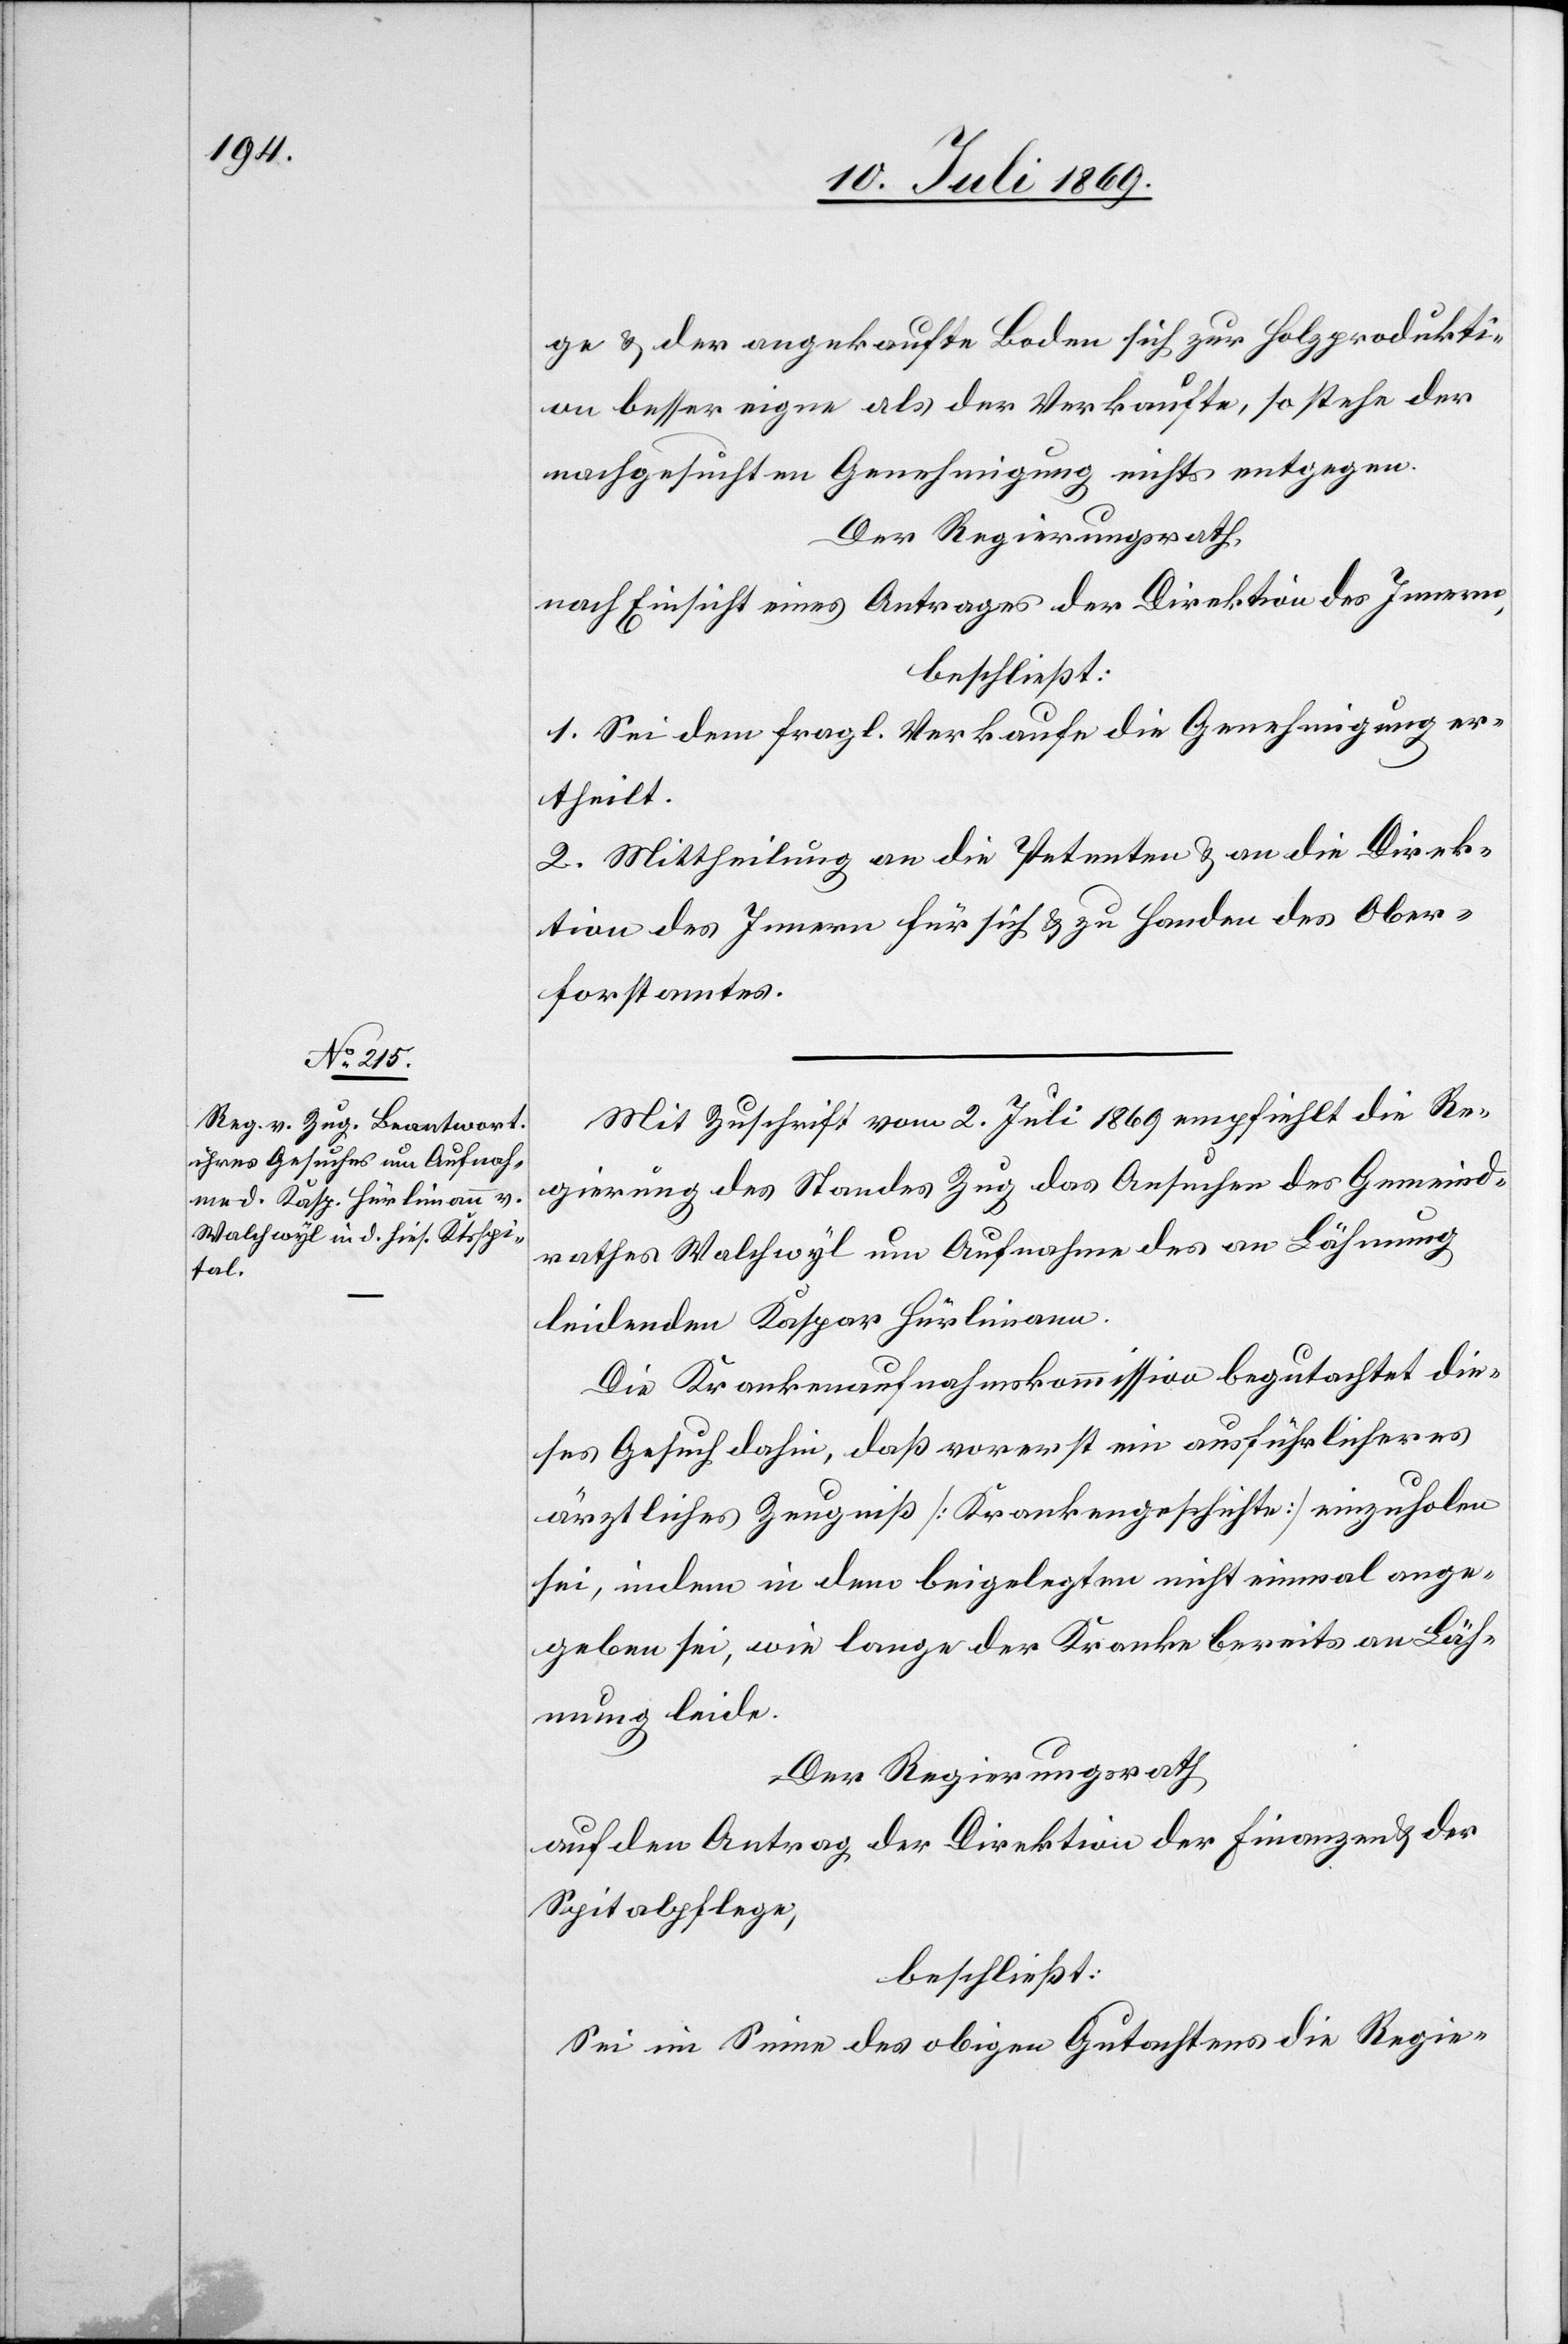
ge u. der angekaufte Boden sich zur Holzprodukti¬
on besser eigne als der Verkaufte, so stehe der
nachgesuchten Genehmigung nichts entgegen.
Der Regierungsrath,
nach Einsicht eines Antrages der Direktion des Innern,
beschließt:
1. Sei dem fragl. Verkaufe die Genehmigung er¬
theilt.
2. Mittheilung an die Petenten u. an die Direk¬
tion des Innern für sich u. zu Handen des Ober¬
forstamtes.
Mit Zuschrift vom 2 Juli 1869 empfiehlt die Re¬
gierung des Standes Zug das Ansuchen des Gemeind¬
rathes Walchwyl um Aufnahme des an Lähmung
leidenden Kaspar Hürlimann.
Die Krankenaufnahmskommission begutachtet die¬
ses Gesuch dahin, daß vorerst ein ausführlicheres
ärztliches Zeugniß [Krankengeschichte] einzuholen
sei, indem in dem beigelegten nicht einmal ange¬
geben sei, wie lange der Kranke bereits an Läh¬
mung leide.
Der Regierungsrath
auf den Antrag der Direktion der Finanzen u. der
Spitalpflege,
beschließt:
Sei im Sinne des obigen Gutachtens die Regie-